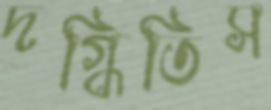
দগ্ধিতিস